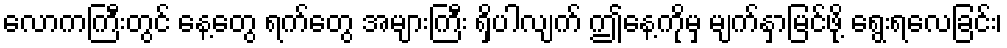
လောကကြီးတွင် နေ့တွေ ရက်တွေ အများကြီး ရှိပါလျက် ဤနေ့ကိုမှ မျက်နှာမြင်ဖို့ ရွေးရလေခြင်း၊